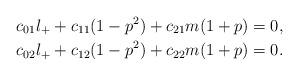
LaTeX: \begin{align*} c_{01}l_++c_{11}(1-p^2)+c_{21}m(1+p)&=0,\\ c_{02}l_++c_{12}(1-p^2)+c_{22}m(1+p)&=0.\end{align*}